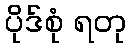
ပိုဒ်စုံ ရတု